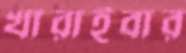
খারাইবার